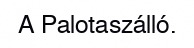
A Palotaszálló.